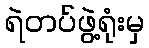
ရဲတပ်ဖွဲ့ရုံးမှ